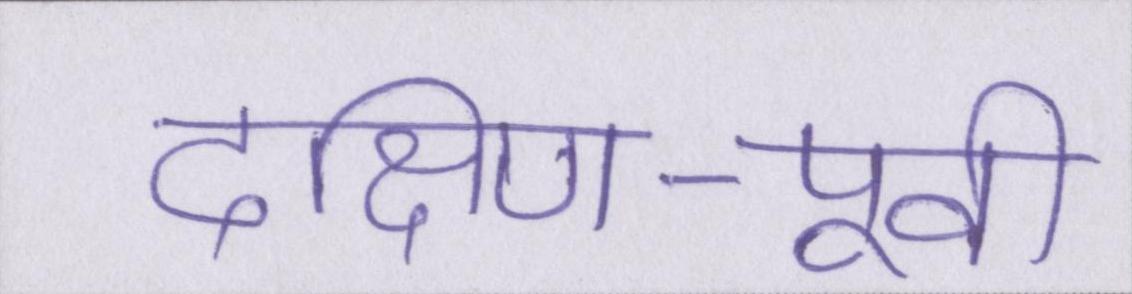
दक्षिण-पूर्वी